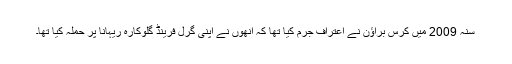
سنہ 2009 میں کِرس براؤن نے اعترافِ جُرم کیا تھا کہ انھوں نے اپنی گرل فرینڈ گلوکارہ ریہانا پر حملہ کیا تھا۔